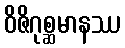
ဝိဇိဂုစ္ဆမာနဿ